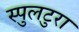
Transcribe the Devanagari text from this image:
स्पुलटुरा